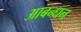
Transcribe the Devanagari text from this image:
आबन्धन